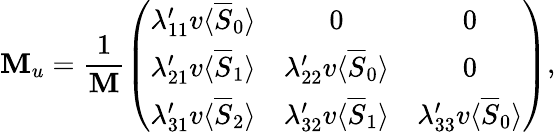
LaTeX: \mathbf{M}_{u}=\frac{{1}}{{\mathbf{M}}}\left(\begin{array}{ccc}{{\lambda_{11}^{\prime}v\langle\overline{{{S}}}_{0}\rangle}}&{{0}}&{{0}}\\ {{\lambda_{21}^{\prime}v\langle\overline{{{S}}}_{1}\rangle}}&{{\lambda_{22}^{\prime}v\langle\overline{{{S}}}_{0}\rangle}}&{{0}}\\ {{\lambda_{31}^{\prime}v\langle\overline{{{S}}}_{2}\rangle}}&{{\lambda_{32}^{\prime}v\langle\overline{{{S}}}_{1}\rangle}}&{{\lambda_{33}^{\prime}v\langle\overline{{{S}}}_{0}\rangle}}\end{array}\right),